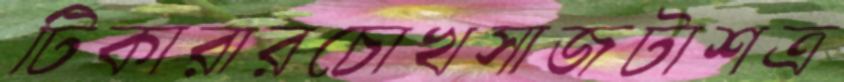
টিকারারচোখসাজটাশত্র